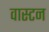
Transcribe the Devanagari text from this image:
वास्टन